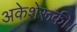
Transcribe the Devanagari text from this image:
अकेशेरूकी।